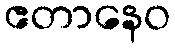
ဧတာနေဝ